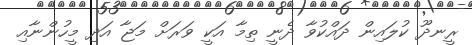
ރީނދޫ ކުލައިން ދައްކުވާ ދެނީ ތިމާ އަކީ ވަރަށް މަޖާ އަދި މީހުންނާއި